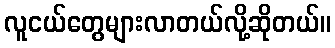
လူငယ်တွေများလာတယ်လို့ဆိုတယ်။